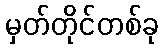
မှတ်တိုင်တစ်ခု